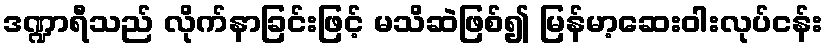
ဒဏ္ဍာရီသည် လိုက်နာခြင်းဖြင့် မသိဆဲဖြစ်၍ မြန်မာ့ဆေးဝါးလုပ်ငန်း